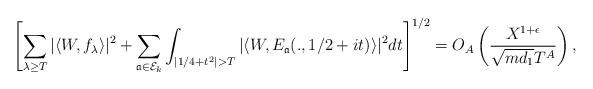
LaTeX: \begin{align*} \left[\sum_{\lambda\geq T}|\langle W, f_{\lambda} \rangle|^2+ \sum_{\mathfrak{a}\in \mathcal{E}_k} \int_{|1/4+t^2|>T} |\langle W, E_{\mathfrak{a}}(.,1/2+it) \rangle|^2 dt\right]^{1/2}= O_{A}\left( \frac{X^{1+\epsilon}}{\sqrt{md_1}T^{A}}\right), \end{align*}